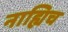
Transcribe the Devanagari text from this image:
नाह्यिच